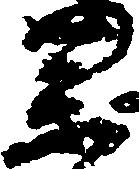
薬